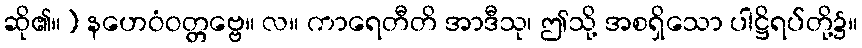
ဆို၏။) နဟေဝံဝတ္တဗ္ဗေ။ လ။ ကာရေတီတိ အာဒီသု၊ ဤသို့ အစရှိသော ပါဋ္ဌိရပ်တို့၌။